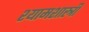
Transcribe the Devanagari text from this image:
श्यामशास्त्री